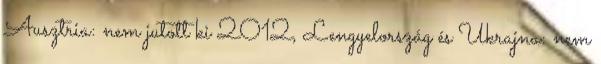
Ausztria: nem jutott ki 2012, Lengyelország és Ukrajna: nem